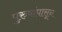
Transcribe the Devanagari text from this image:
पुरुषांपासून